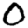
Digit: 0